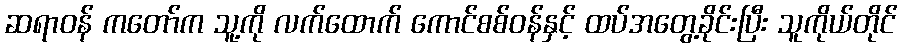
ဆရာဝန် ကတော်က သူ့ကို လက်ထောက် ကောင်စစ်ဝန်နှင့် ထပ်အတွေ့ခိုင်းပြီး သူကိုယ်တိုင်